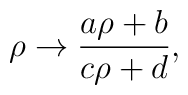
\rho \rightarrow \frac{a\rho + b}{c\rho + d},